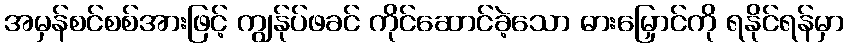
အမှန်စင်စစ်အားဖြင့် ကျွန်ုပ်ဖခင် ကိုင်ဆောင်ခဲ့သော ဓားမြှောင်ကို ရနိုင်ရန်မှာ